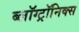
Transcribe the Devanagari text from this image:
ब्लॉग्ट्रॉनिक्स